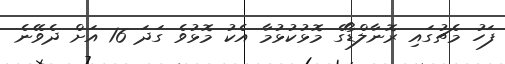
ފަހު މެޗުގައި ރޮނާލްޑޯގެ މޮޅުކުޅުމާ އެކު މޮޅުވެ ގަދަ 16 އަށް ދެވޭނެ